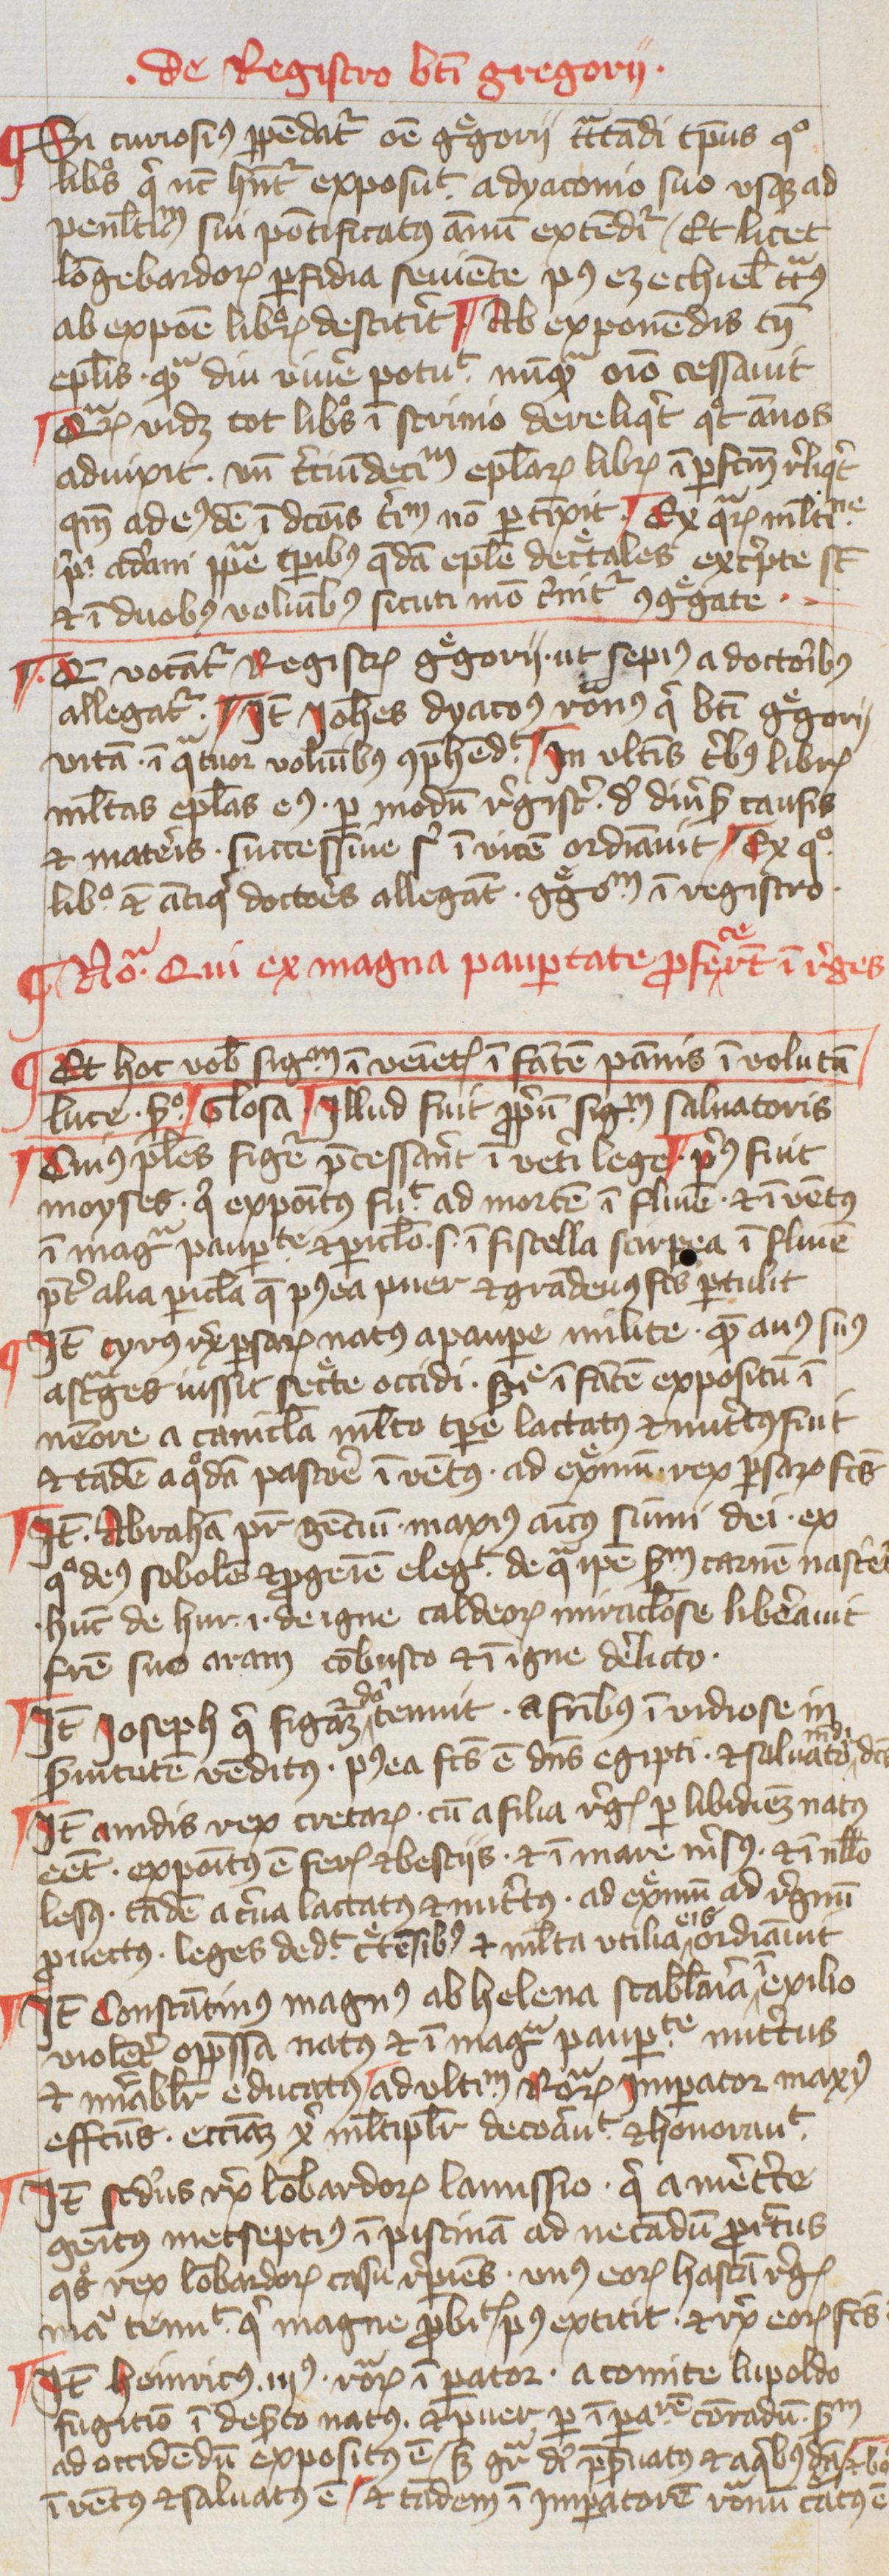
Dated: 1400–1424